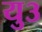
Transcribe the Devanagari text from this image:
यु३